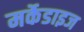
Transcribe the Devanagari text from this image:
मर्केडाइज